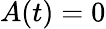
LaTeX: A(t)=0